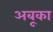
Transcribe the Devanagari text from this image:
अबूका